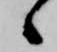
ヽ